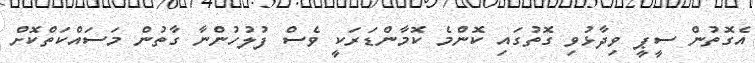
އެގޮތުން ސީޕީ ވިދާޅުވި ގޮތުގައި ކޮންމެ ކޮމާންޑަރަކީ ވެސް ފުލުހުންނާ ގާތުން މަސައްކަތްކޮށް